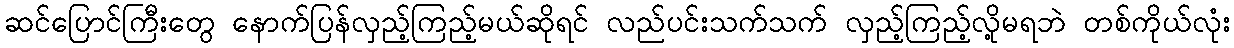
ဆင်ပြောင်ကြီးတွေ နောက်ပြန်လှည့်ကြည့်မယ်ဆိုရင် လည်ပင်းသက်သက် လှည့်ကြည့်လို့မရဘဲ တစ်ကိုယ်လုံး